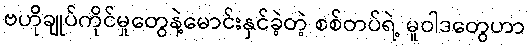
ဗဟိုချုပ်ကိုင်မှုတွေနဲ့မောင်းနှင်ခဲ့တဲ့ စစ်တပ်ရဲ့ မူဝါဒတွေဟာ